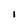
Character: i